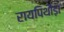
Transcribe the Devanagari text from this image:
रायपिथौड़ा